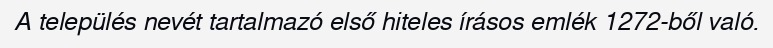
A település nevét tartalmazó első hiteles írásos emlék 1272-ből való.